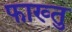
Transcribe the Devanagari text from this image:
फाख्तु